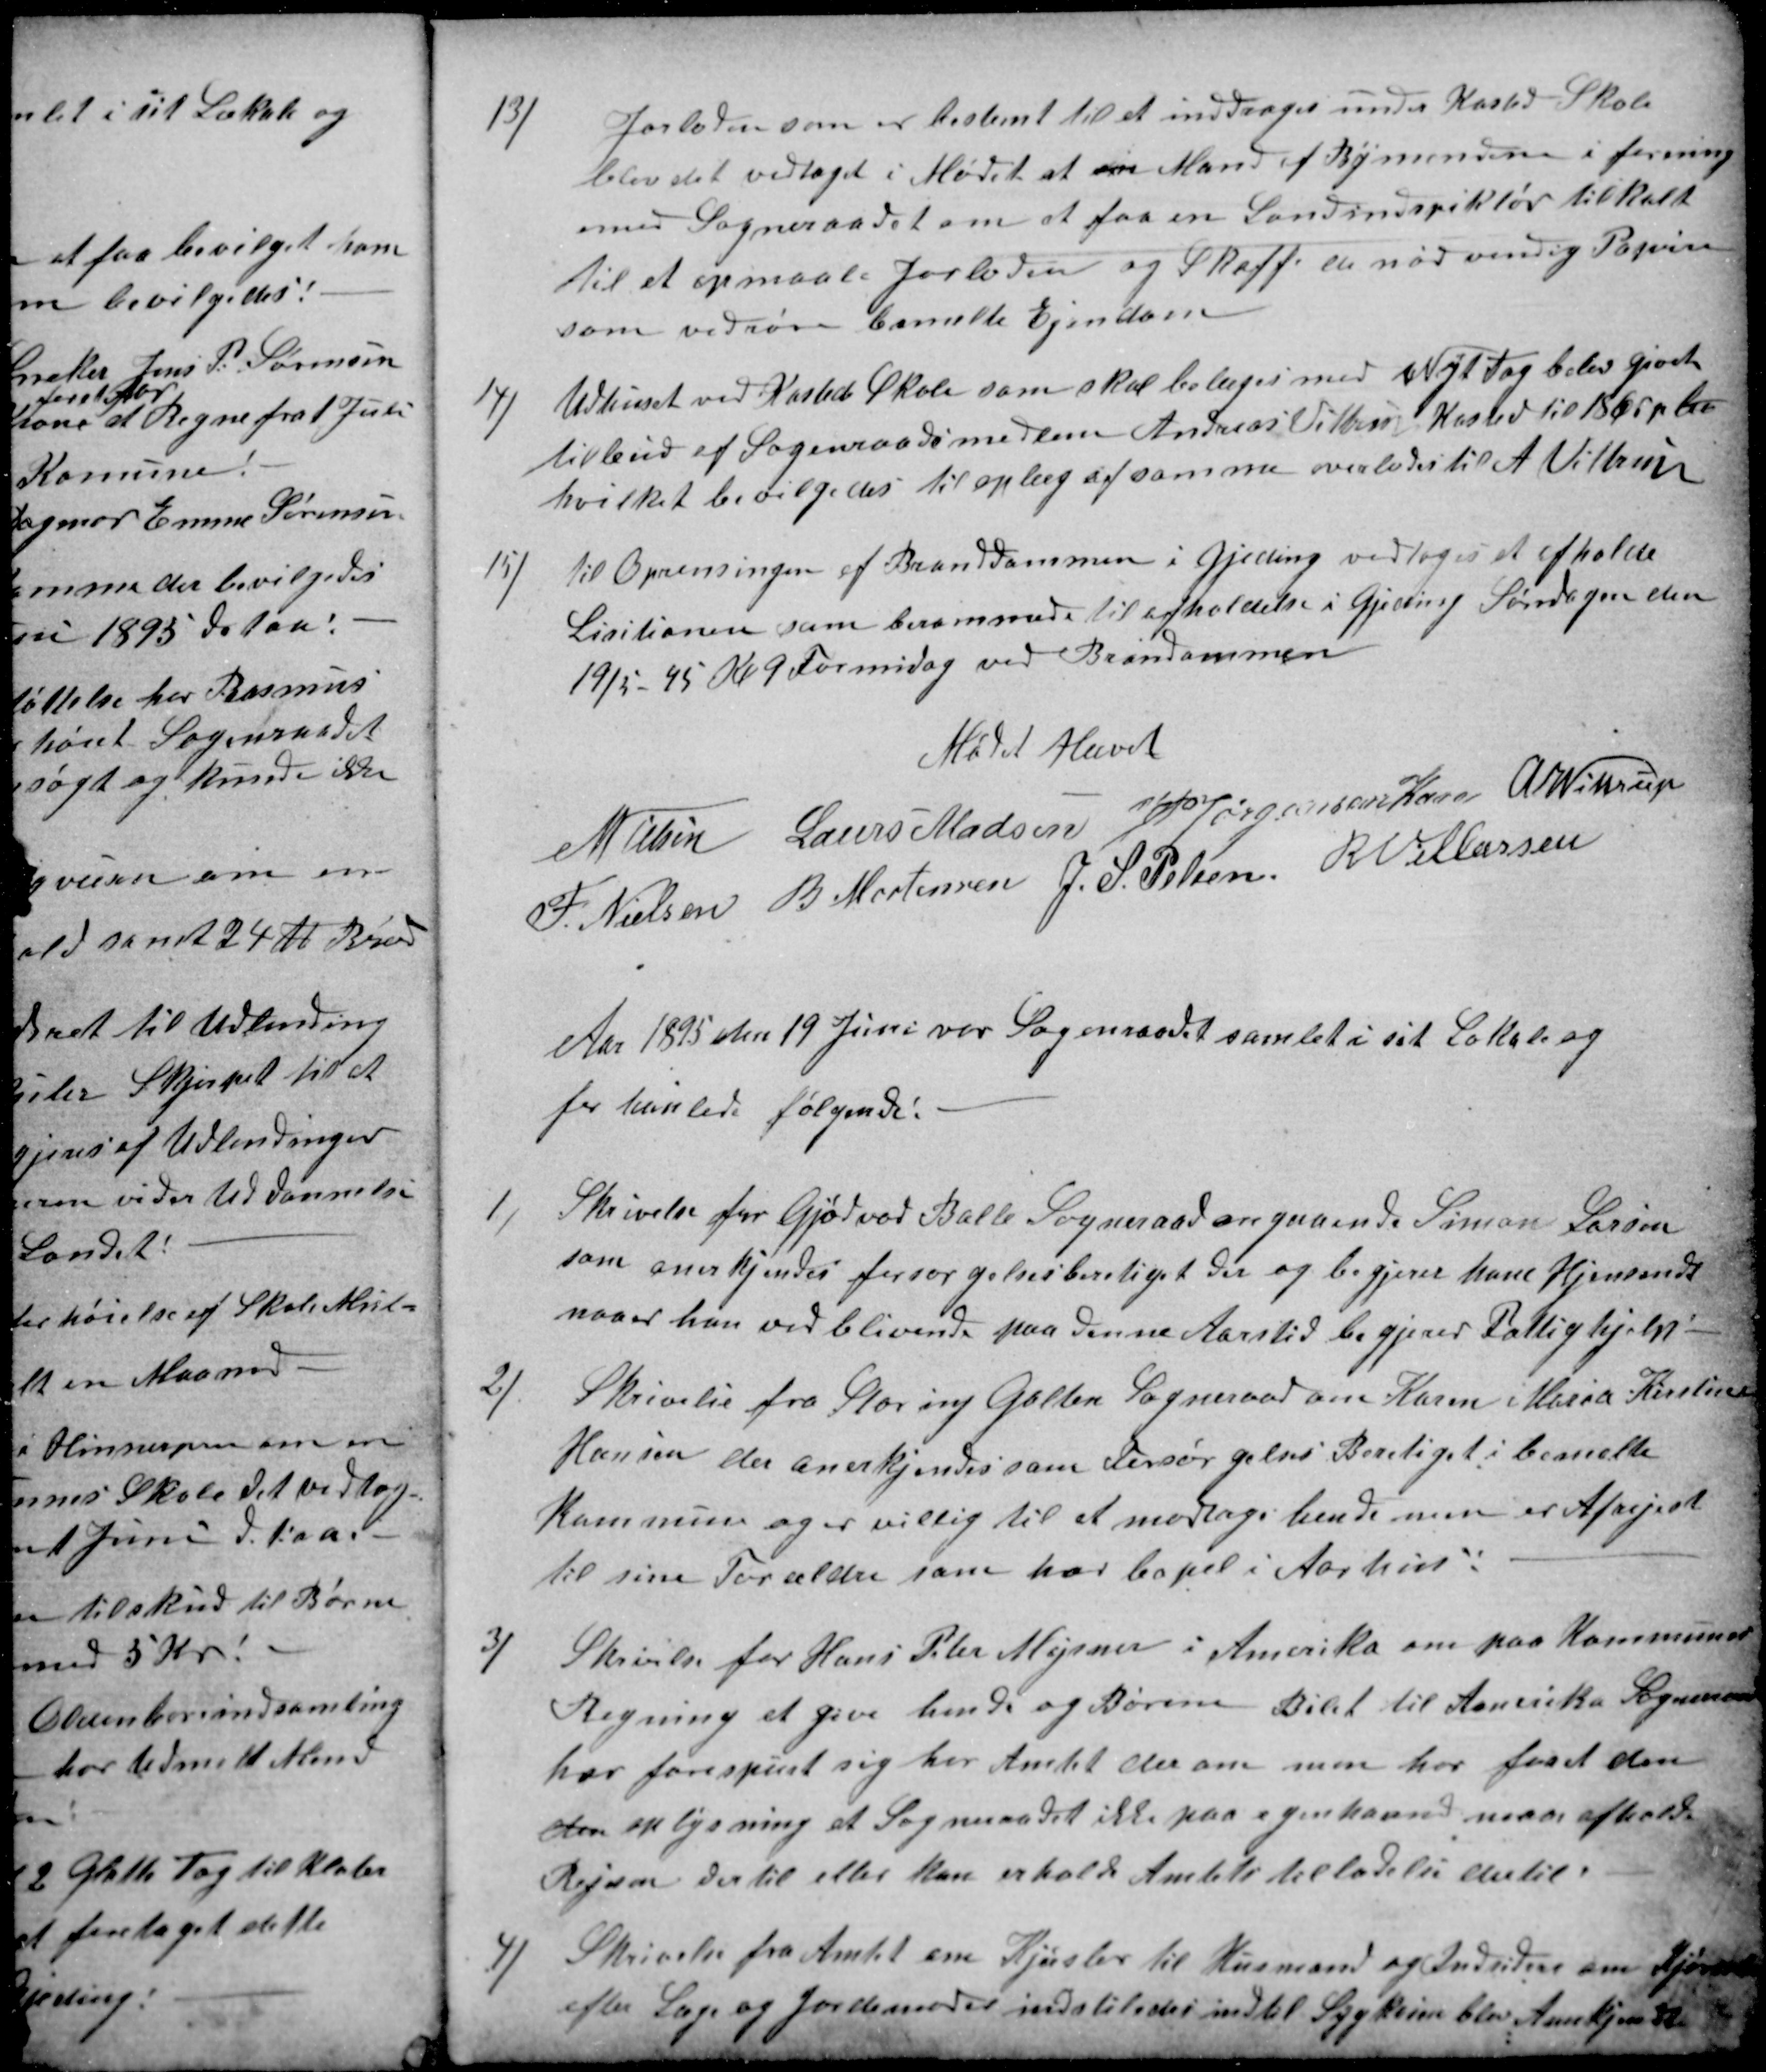
Transskription:
13)
Jorloden som er bestemt til at inddrages under Kasted Skole
blev det vedtaget i Mødet at en Mand af Bymendene i forening
med Sogneraadet om at faa en Landinspiktør tilkalt
til at opmaale Jorloden og Skaffe de nødvendig Papirer
som vedrøre bemelte Ejendom
14)
Udhuset ved Kasted Skole som skal belæges med Nyt Tag blev gjort
tilbud af Sogneraadsmedlem Andreas Vittrup Kasted til 18 Øre p ler
hvilket bevilgedes til oplæg af samme overlodes til A Vittrup
15)
til Oprensingen af Branddammen i Gjeding vedtoges at afholde
Lisitionen som berammede til afholdelse i Gjeding Søndagen den
19/5 95 Kl 9 Formidag ved Brandammen
Mødet Hævet
N Nielsen
Laurs Madsen
J PJørgensen Kaae
A Wittrup
F. Nielsen
B. Mortensen
J. S. Pelsen
R. Villassen
Aar 1895 den 19 Juni var Sogneraadet samlet i sit Lokale og
forhanlede følgende:
1)
Skrivelse for Gjødvad Balle Sogneraad angaaende Simon Larsen
som anerkjendes forsørgelsesberetiget der og begjerer ham Hjemsendt
naaer han vedblivende paa denne Aarstid begjerer Fattighjelp
2)
Skrivelse fra Storing Galten Sogneraad om Karen Maria Kirstine
Hansen der anerkjendes som Forsørgelses Beretiget i bemelte
Kommune og er villig til at modtage hende men er Afrejest
til sine Forældre som har bopel i Aarhus:
3)
Skrivelse for Hans Peter Mejsner i Amerika om paa Kommunens
Regning at give hende og hende og Børnen Bilet til Amerika Sogneraadet
har forespurt sig hos Amtet derom men har faaet den
den oplysning at Sogneraadet ikke paa egen haand maa afholde
Rejsen dertil eller kan erholde Amtets tilladelse dertil.
4)
Skrivelse fra Amtet om Kjørsler til Husmænd og Indsidere om Kjørsel
efter Læge og Jordemoder indstilledes indtil Sygkassen blev Anerkjendt